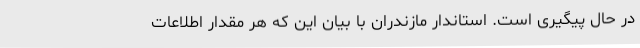
در حال پیگیری است. استاندار مازندران با بیان این که هر مقدار اطلاعات